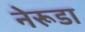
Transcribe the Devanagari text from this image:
नेरूडा